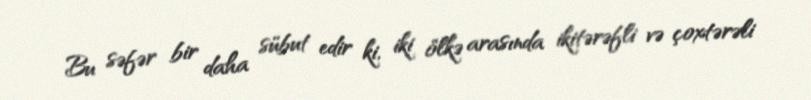
Bu səfər bir daha sübut edir ki, iki ölkə arasında ikitərəfli və çoxtərəli